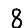
Digit: 8